Report on vaccination in Madras 1877-1894 - 1877-1894
Year: 1877
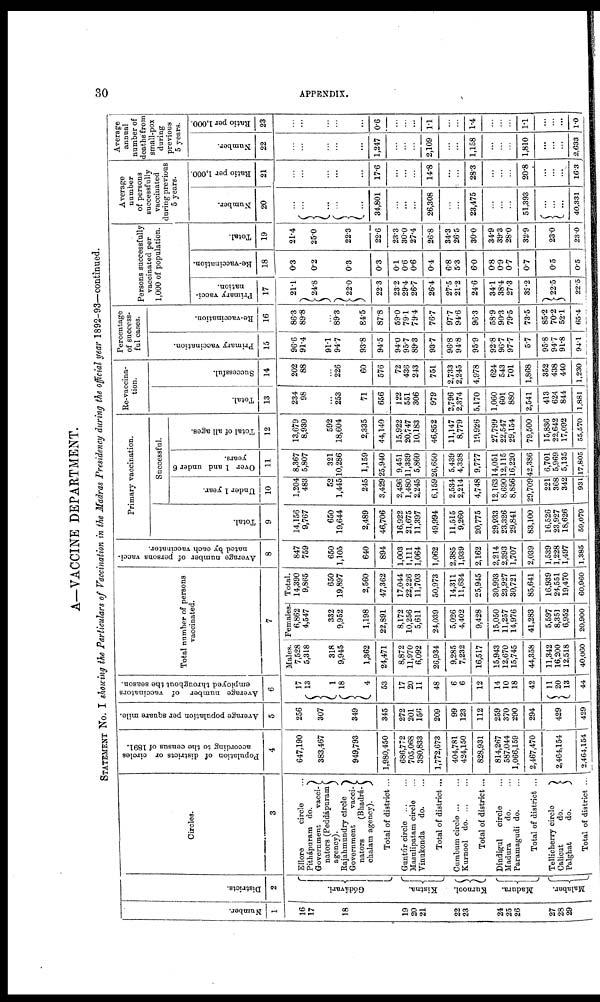
30
APPENDIX.
A—VACCINE DEPARTMENT.
STATEMENT No. I showing the Particulars of Vaccination in the Madras Presidency during the official year 1892-93—continued.
Number.
1
16
17
18
19
20
21
22
23
24
25
26
27
28
29
Districts.
2
Gódávari.
Kistma.
Kurnool.
Madura.
Malabar.
Circles.
3
Ellore
circle ...
Pithápuram do.
Government
vacci.
nators (Peddápuram
agency).
Rajahmundry circle
Government
vacci.
natora
(Bhadrá.
chalam agency).
Total of district ...
Guntúr circle
...
...
Masulipatam circle ...
Yinukonda
do. ...
Total of district ...
Cumbum circle ... ...
Kurnool
do. ... ...
Total of district ...
Dindigul
circle ...
Madura
do. ...
Paramagudi do. ...
Total of district ...
Tellicherry circle
Calicut
do.
Palghat
do.
Total of district ...
Population of districts or circles
according to the census of 1891.
4
647,190
383,467
949,793
1,980,450
686,772
705,068
380,833
1,772,673
404,781
424,150
828,931
814,267
587,044
1,066,159
2,467,470
2,464,154
2,464,154
Average population per square mile.
5
256
307
349
345
272
201
156
209
99
123
112
259
370
290
294
429
429
Average number of vaccinators
employed throughout the season.
6
17
13
1
18
4
53
17
20
11
48
6
6
12
14
10
18
42
11
20
13
44
Total number of persons
vaccinated.
7
Males.
7,528
5,318
318
9,945
1,362
24,471
8,872
11,970
6,092
26,934
9,285
7,232
16,517
15,943
12,670
15,745
44,358
11,342
16,200
12,518
40,060
Females.
6,862
4,547
332
9,952
1,198
22,891
8,172
10,256
5,611
24,039
5,026
4,402
9,428
15,050
11,257
14,976
41,283
5,597
8,351
6,952
20,900
Total.
14,390
9,865
650
19,897
2,560
47,362
17,044
22,226
11,703
50,973
14,311
11,634
25,945
30,993
23,927
30,721
85,641
16,939
24,551
19,470
60,960
Average number of persons vacci-
nated by each vaccinator.
8
847
759
650
1,105
640
894
1,003
1,111
1,064
1,062
2,385
1,939
2,162
2,214
2,393
1,707
2,039
1,539
1,228
1,497
1,385
Primary vaccination.
Total.
9
14,156
9,767
650
19,644
2,489
46,706
16,922
21,675
11,397
49,994
11,515
9,260
20,775
29,933
23,326
29,841
83,100
16,526
23,927
18,626
59,079
Successful.
Under 1 year.
10
1,204
483
52
1,445
245
3,429
2,496
1,480
2,245
6,159
2,534
2,214
4,748
12,163
8,690
8,856
29,709
221
368
342
931
Over 1 and under 6
years.
11
8,367
5,807
321
10,286
1,159
25,940
9,451
11,339
5,860
26,650
5,439
4,338
9,777
14,051
12,115
16,220
42,386
6,701
5,969
5,135
17,805
Total of all ages.
12
13,679
8,930
592
18,604
2,335
44,140
15,922
20,747
10,183
46,852
11,147
8,779
19,926
27,799
22,547
29,154
79,500
15,836
22,642
17,092
55,570
Re-vaccina-
tion.
Total.
13
234
98
...
253
71
656
122
551
306
979
2,796
2,374
5,170
1,060
601
880
2,541
413
624
844
1,881
Successful.
14
202
88
...
226
60
576
72
436
243
751
2,733
2,245
4,978
624
543
701
1,868
352
438
440
1,230
Percentage
of success-
ful cases.
Primary vaccination.
15
96.6
91.4
91.1
94.7
93.8
94.5
94.0
95.7
89.3
93.7
96.8
94.8
95.9
92.8
96.7
97.7
5.7
95.8
94.7
91.8
94.1
Re-vaccination.
16
86.3
89.8
...
89.3
84.5
87.8
59.0
79.1
79.4
76.7
97.7
94.6
96.3
58.9
90.3
79.5
73.5
85.2
70.2
52.1
65.4
Persons successfully
vaccinated per
1,000 of population.
Primary vacci-
nation.
17
21.1
24.8
22.0
22.3
23.2
29.4
26.7
26.4
27.5
21.2
24.6
34.1
38.4
27.3
32.2
22.5
22.5
Re-vaccination.
18
0.3
0.2
0.3
0.3
0.1
0.6
0.6
0.4
6.8
5.3
6.0
0.8
0.9
0.7
0.7
0.5
0.5
Total.
19
21.4
25.0
22.3
22.6
23.3
30.0
27.4
26.8
34.3
26.5
30.0
34.9
39.3
28.0
32.9
23.0
23.0
Average
number
of persons
successfully
vaccinated
during previous
5 years.
Number.
20
...
...
...
...
...
34,801
...
...
...
26,308
...
...
23,475
...
...
...
51,393
...
...
...
40,331
Ratio per 1,000.
21
...
...
...
...
...
17.6
...
...
...
14.8
...
...
28.3
...
...
...
20.8
...
...
...
16.3
Average
annual
number of
deaths from
small-pox
during
previous
5 years.
Number.
22
...
...
...
...
...
1,247
...
...
...
2,109
...
...
1,158
...
...
...
1,810
...
...
...
2,633
Ratio per 1,000.
23
...
...
...
...
...
0.6
...
...
...
1.1
...
...
1.4
...
...
...
1.1
...
...
...
1.0